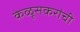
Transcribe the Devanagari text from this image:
केळूसकरांची